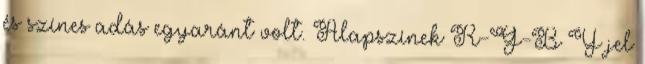
és színes adás egyaránt volt. Alapszínek R-G-B Y jel